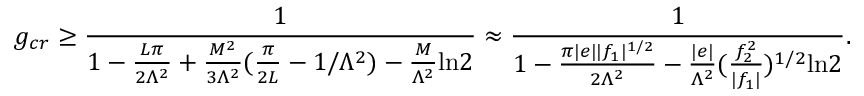
g _ { c r } \ge \frac { 1 } { 1 - \frac { L \pi } { 2 \Lambda ^ { 2 } } + \frac { M ^ { 2 } } { 3 \Lambda ^ { 2 } } ( \frac { \pi } { 2 L } - 1 / \Lambda ^ { 2 } ) - \frac { M } { \Lambda ^ { 2 } } \mathrm { l n } 2 } \approx \frac { 1 } { 1 - \frac { \pi | e | | f _ { 1 } | ^ { 1 / 2 } } { 2 \Lambda ^ { 2 } } - \frac { | e | } { \Lambda ^ { 2 } } ( \frac { f _ { 2 } ^ { 2 } } { | f _ { 1 } | } ) ^ { 1 / 2 } \mathrm { l n } 2 } .